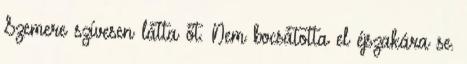
Szemere szívesen látta őt. Nem bocsátotta el éjszakára se.